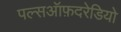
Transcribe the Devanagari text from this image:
पल्सऑफ़दरेडियो